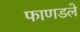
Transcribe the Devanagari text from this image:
फाणडले